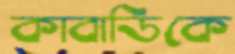
কাবাডিকে